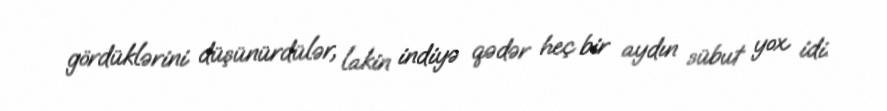
gördüklərini düşünürdülər, lakin indiyə qədər heç bir aydın sübut yox idi.